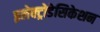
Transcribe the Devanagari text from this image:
इलेक्ट्रोडेसिकेशन